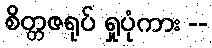
စိတ္တဇရုပ် ရှုပုံကား --